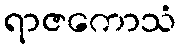
ရာဇကောသံ